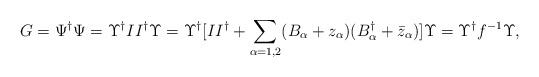
\begin{align*}G=\Psi^\dag\Psi=\Upsilon^\dag II^\dag\Upsilon=\Upsilon^\dag[II^\dag+\sum_{\alpha=1,2}(B_\alpha+z_\alpha)(B_\alpha^\dag+\bar{z}_\alpha)]\Upsilon=\Upsilon^\dag f^{-1}\Upsilon,\end{align*}